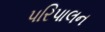
પરિપાલન